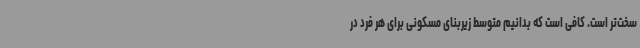
سخت‌تر است. کافی است که بدانیم متوسط زیربنای مسکونی برای هر فرد در